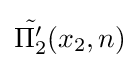
{\tilde {\Pi _{2}'}}(x_{2},n)